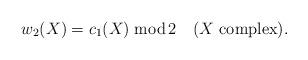
LaTeX: \begin{align*}w_2(X)=c_1(X)\;{\rm mod}\,2\quad \hbox{($X$ complex)}.\end{align*}